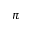
\pi